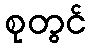
စုတွင်